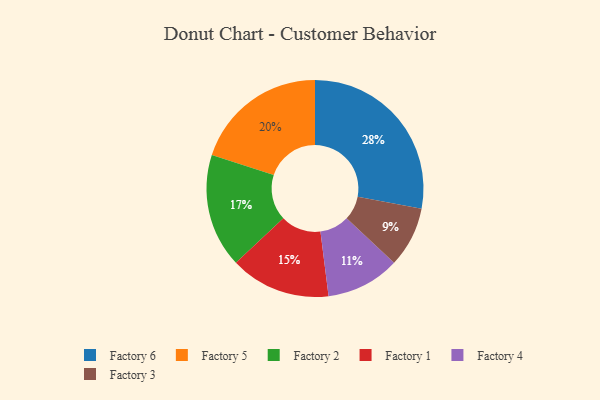
{"axis": {"x": "Category", "y": "Percentage"}, "legend": ["Factory 1", "Factory 2", "Factory 3", "Factory 4", "Factory 5", "Factory 6"], "data": [{"x": "Factory 1", "y": 15, "type": "Factory 1"}, {"x": "Factory 3", "y": 9, "type": "Factory 3"}, {"x": "Factory 5", "y": 20, "type": "Factory 5"}, {"x": "Factory 4", "y": 11, "type": "Factory 4"}, {"x": "Factory 2", "y": 17, "type": "Factory 2"}, {"x": "Factory 6", "y": 28, "type": "Factory 6"}]}